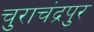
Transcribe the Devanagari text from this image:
चुराचंद्रपुर